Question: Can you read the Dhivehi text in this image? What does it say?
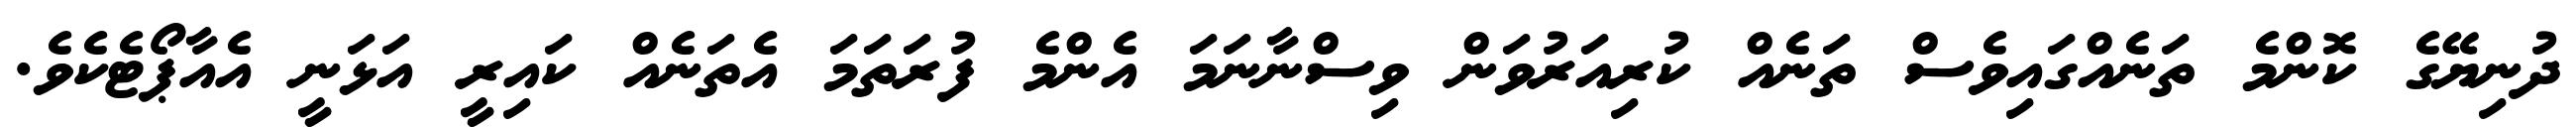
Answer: ދުނިޔޭގެ ކޮންމެ ތަނެއްގައިވެސް ތަނެއް ކުރިއަރުވަން ވިސްނާނަމަ އެންމެ ފުރަތަމަ އެތަނެއް ކައިރީ އަޅަނީ އެއާޕޯޓެކެވެ.